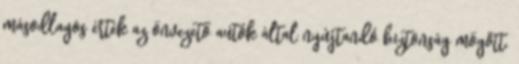
másodlagos érték az önvezető autók által nyújtandó biztonság mögött.